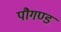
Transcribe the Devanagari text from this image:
पौगण्ड